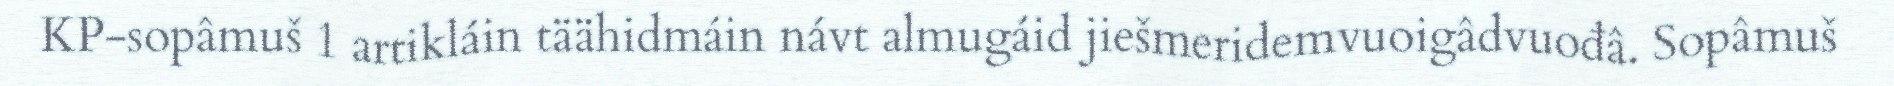
KP-sopâmuš 1 artikláin täähidmáin návt almugáid jiešmeridemvuoigâdvuođâ. Sopâmuš